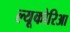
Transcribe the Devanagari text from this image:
ल्यूकोरिआ